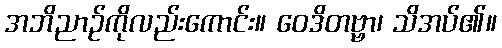
အဘိညာဉ်ကိုလည်းကောင်း။ ဝေဒိတဗ္ဗာ၊ သိအပ်၏။